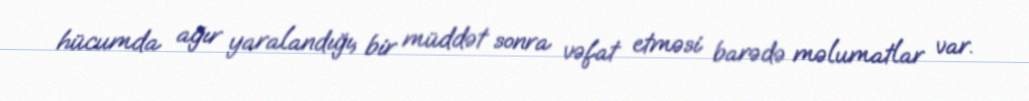
hücumda ağır yaralandığı, bir müddət sonra vəfat etməsi barədə məlumatlar var.